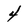
Character: 4